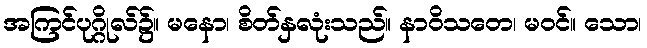
အကြင်ပုဂ္ဂိုလ်၌။ မနော၊ စိတ်နှလုံးသည်။ နာဝိသတေ၊ မဝင်။ သော၊